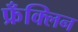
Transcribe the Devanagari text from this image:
फ्रँक्लिन